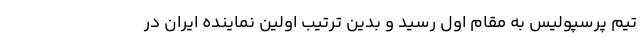
تیم پرسپولیس به مقام اول رسید و بدین ترتیب اولین نماینده ایران در